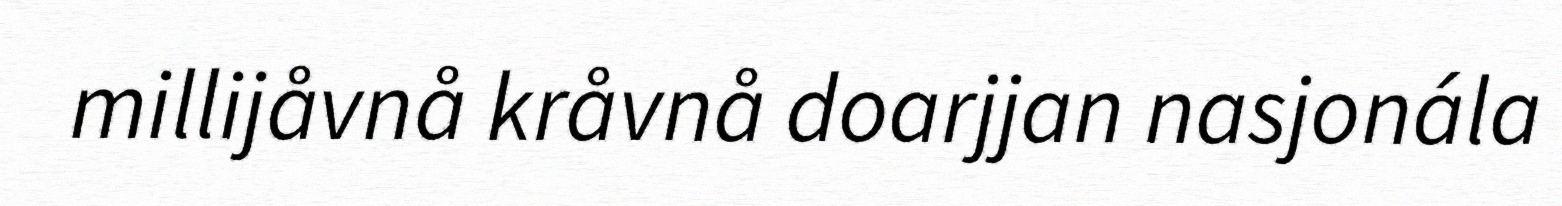
millijåvnå kråvnå doarjjan nasjonála